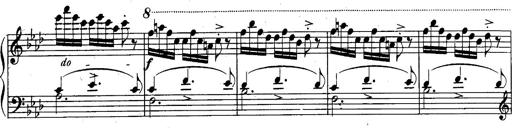
Title: Schubert's Impromptus [revised and edited by Franz Liszt]
Composer: Franz Liszt